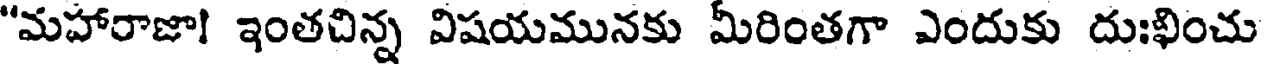
"మహారాజా! ఇంతచిన్న విషయమునకు మీరింతగా ఎందుకు దుఃఖించు